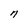
Character: n